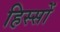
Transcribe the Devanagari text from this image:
हिस्सों